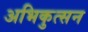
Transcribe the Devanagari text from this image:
अभिकुत्सन